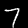
Label: 7